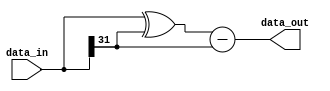
/******************************************************************************
MIT License

Copyright (c) 2020 BH6BAO

Permission is hereby granted, free of charge, to any person obtaining a copy
of this software and associated documentation files (the "Software"), to deal
in the Software without restriction, including without limitation the rights
to use, copy, modify, merge, publish, distribute, sublicense, and/or sell
copies of the Software, and to permit persons to whom the Software is
furnished to do so, subject to the following conditions:

The above copyright notice and this permission notice shall be included in all
copies or substantial portions of the Software.

THE SOFTWARE IS PROVIDED "AS IS", WITHOUT WARRANTY OF ANY KIND, EXPRESS OR
IMPLIED, INCLUDING BUT NOT LIMITED TO THE WARRANTIES OF MERCHANTABILITY,
FITNESS FOR A PARTICULAR PURPOSE AND NONINFRINGEMENT. IN NO EVENT SHALL THE
AUTHORS OR COPYRIGHT HOLDERS BE LIABLE FOR ANY CLAIM, DAMAGES OR OTHER
LIABILITY, WHETHER IN AN ACTION OF CONTRACT, TORT OR OTHERWISE, ARISING FROM,
OUT OF OR IN CONNECTION WITH THE SOFTWARE OR THE USE OR OTHER DEALINGS IN THE
SOFTWARE.

******************************************************************************/


//`default_nettype none

module absolute_value #(parameter DATA_WIDTH=32)(
      
//========== INPUT ==========

        input  wire signed [DATA_WIDTH - 1 : 0]  data_in,
            
        
//========== OUTPUT ==========
        output wire  signed [DATA_WIDTH - 1 : 0] data_out
        
//========== IN/OUT ==========
);
    wire signed [DATA_WIDTH - 1 : 0]    data_sign_ext, data_tmp;
    wire signed [DATA_WIDTH - 1 : 0]    abs_value;
    
    assign data_sign_ext = {(DATA_WIDTH){data_in[DATA_WIDTH - 1]}};
    assign data_tmp      = data_in ^ data_sign_ext;
    assign abs_value     = data_tmp - data_sign_ext;
    
    assign data_out = abs_value;
    
endmodule

//`default_nettype wire